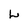
Character: L